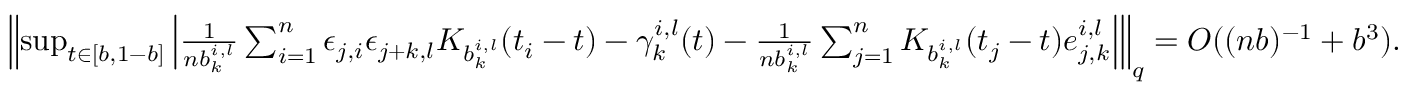
\begin{array} { r } { \left\| \operatorname* { s u p } _ { t \in [ b , 1 - b ] } \left| \frac { 1 } { n b _ { k } ^ { i , l } } \sum _ { i = 1 } ^ { n } \epsilon _ { j , i } \epsilon _ { j + k , l } K _ { b _ { k } ^ { i , l } } ( t _ { i } - t ) - \gamma _ { k } ^ { i , l } ( t ) - \frac { 1 } { n b _ { k } ^ { i , l } } \sum _ { j = 1 } ^ { n } K _ { b _ { k } ^ { i , l } } ( t _ { j } - t ) e _ { j , k } ^ { i , l } \right| \right\| _ { q } = O ( ( n b ) ^ { - 1 } + b ^ { 3 } ) . } \end{array}